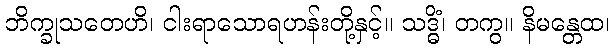
ဘိက္ခုသတေဟိ၊ ငါးရာသောရဟန်းတို့နှင့်။ သဒ္ဓိံ၊ တကွ။ နိမန္တေထ၊